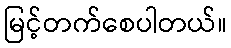
မြင့်တက်စေပါတယ်။